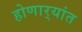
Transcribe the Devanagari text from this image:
होणार्‍यांत